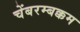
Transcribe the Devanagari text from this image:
चेंबरम्बक्कम